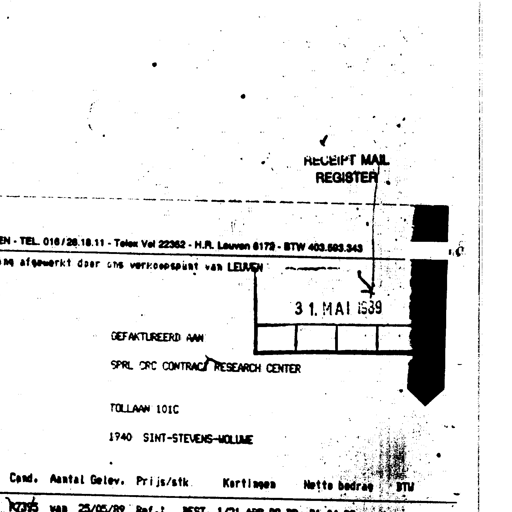
RECEIPT MAIL
REGISTER
TEL. 016/20.18.11 - Telex Vel 22362 - H.R. Leuven 8172 - BTW 403.583.343
afgewerkt door ons verkoopspunt van LEUVEN
3 1. MAI 1989
GEFAKTUREERD AAN
SPRL CRC CONTRACT RESEARCH CENTER
TOLLAAN 101C
1940 SINT-STEVENS-WOLUWE
Cond. Aantal Gelev. Prijs/stk. Kortingen Netto bedrag BTW
25/05/89 Ref.: BEST. 1/31 ADR BD 32- 21.04.89